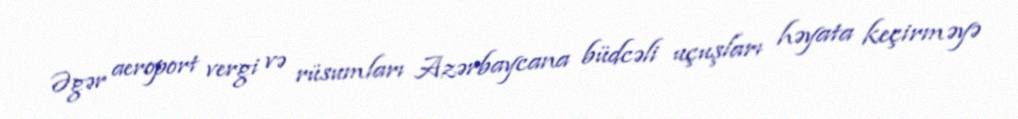
Əgər aeroport vergi və rüsumları Azərbaycana büdcəli uçuşları həyata keçirməyə